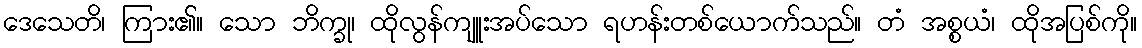
ဒေသေတိ၊ ကြား၏။ သော ဘိက္ခု၊ ထိုလွန်ကျူးအပ်သော ရဟန်းတစ်ယောက်သည်။ တံ အစ္စယံ၊ ထိုအပြစ်ကို။